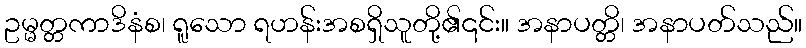
ဥမ္မတ္တကာဒိနံစ၊ ရူသော ရဟန်းအစရှိသူတို့၏၎င်း။ အနာပတ္တိ၊ အနာပတ်သည်။